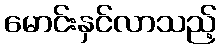
မောင်းနှင်လာသည့်